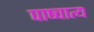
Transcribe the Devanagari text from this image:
पाष्चात्य